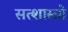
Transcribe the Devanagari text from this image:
सत्शास्त्रो